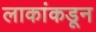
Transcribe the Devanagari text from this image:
लाकांकडून